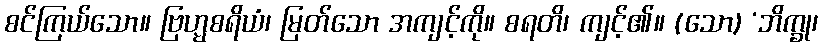
စင်ကြယ်သော။ ဗြဟ္မစရိယံ၊ မြတ်သော အကျင့်ကို။ စရတိ၊ ကျင့်၏။ (သော) ‘ဘိက္ခု၊